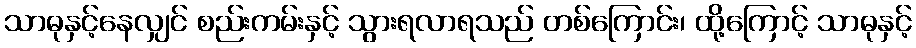
သာဓုနှင့်နေလျှင် စည်းကမ်းနှင့် သွားရလာရသည် တစ်ကြောင်း၊ ထို့ကြောင့် သာဓုနှင့်